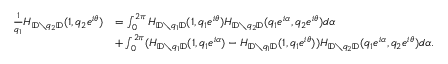
\begin{array} { r l } { \frac { 1 } { q _ { 1 } } H _ { { \mathbb { D } } \setminus q _ { 2 } { \mathbb { D } } } ( 1 , q _ { 2 } e ^ { i \theta } ) } & { = \int _ { 0 } ^ { 2 \pi } H _ { { \mathbb { D } } \setminus q _ { 1 } { \mathbb { D } } } ( 1 , q _ { 1 } e ^ { i \theta } ) H _ { { \mathbb { D } } \setminus q _ { 2 } { \mathbb { D } } } ( q _ { 1 } e ^ { i \alpha } , q _ { 2 } e ^ { i \theta } ) d \alpha } \\ & { + \int _ { 0 } ^ { 2 \pi } ( H _ { { \mathbb { D } } \setminus q _ { 1 } { \mathbb { D } } } ( 1 , q _ { 1 } e ^ { i \alpha } ) - H _ { { \mathbb { D } } \setminus q _ { 1 } { \mathbb { D } } } ( 1 , q _ { 1 } e ^ { i \theta } ) ) H _ { { \mathbb { D } } \setminus q _ { 2 } { \mathbb { D } } } ( q _ { 1 } e ^ { i \alpha } , q _ { 2 } e ^ { i \theta } ) d \alpha . } \end{array}